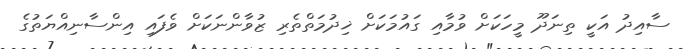
ސާއިދު އަކީ ތިނަދޫ މީހަކަށް ވުމާއި ގައުމަކަށް ޚިދުމަތްތެރި ޒުވާންނަކަށް ވެފައި އިންސާނިއްޔަތުގެ